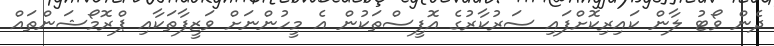
ދެން ވޯޓު ލާން ކައިރިކޮށްފައި ސަރުކާރުގެ އޮފީސްތަކުން އެ މީހުންނަށް ވަޒީފާތަކާއި ޕްރޮމޯޝަންތައް